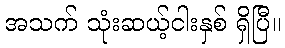
အသက် သုံးဆယ့်ငါးနှစ် ရှိပြီ။